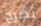
تصرخ